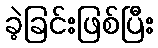
ခဲ့ခြင်းဖြစ်ပြီး